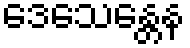
ဒေသေန္တေန